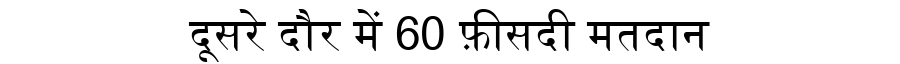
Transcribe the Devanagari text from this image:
दूसरे दौर में 60 फ़ीसदी मतदान